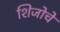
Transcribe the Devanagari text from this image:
शिजोचे